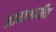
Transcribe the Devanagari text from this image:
आम्लधर्मीय